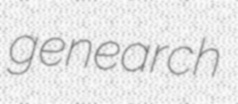
genearch